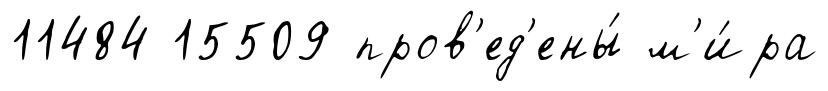
11484 15509 пров'ед'ены́ м'и́ра